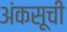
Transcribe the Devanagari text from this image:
अंकसूची